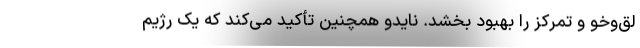
لق‌وخو و تمرکز را بهبود بخشد. نایدو همچنین تأکید می‌کند که یک رژیم